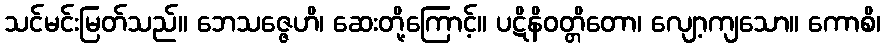
သင်မင်းမြတ်သည်။ ဘေသဇ္ဇေဟိ၊ ဆေးတို့ကြောင့်။ ပဋိနိဝတ္တိတော၊ လျော့ကျသော။ ကောစိ၊